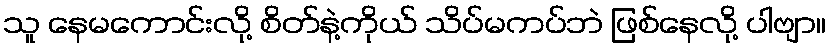
သူ နေမကောင်းလို့ စိတ်နဲ့ကိုယ် သိပ်မကပ်ဘဲ ဖြစ်နေလို့ ပါဗျာ။